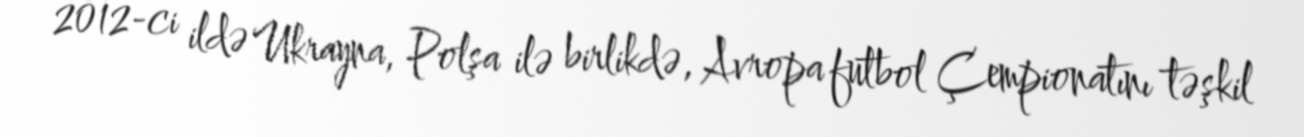
2012-ci ildə Ukrayna, Polşa ilə birlikdə, Avropa futbol Çempionatını təşkil